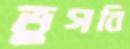
ভুগবি